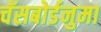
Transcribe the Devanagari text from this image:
चॅसबोर्डनुमा